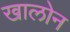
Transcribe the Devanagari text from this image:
खालोन